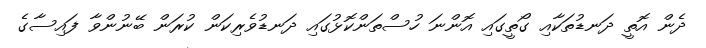
ދެން އޮތީ ދަނޑުތަކާއި ގޯތީގައި އޮންނަ ހުސްތަންކޮޅުގައި ދަނޑުވެރިކަން ކުރަން ބޭނުންވާ ފައިސާގެ